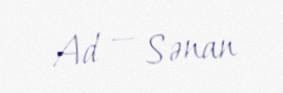
Ad — Sənan